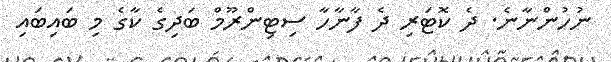
ނުހުންނާނެ. ދެ ކޮޓަރި ދެ ފާނާހާ ސިޓިންރޫމް ބަދިގެ ކާގެ މި ބައިބައި